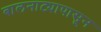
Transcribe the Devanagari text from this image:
बालनाट्यापासून